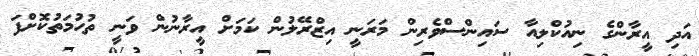
އަދި އީރާންގެ ނިއުކްލިއާ ސައިންސްވެރިން މަރަނީ އިޒްރޭލުން ކަމަށް އީރާނުން ވަނީ ތުހުމަތުކޮށްފަ